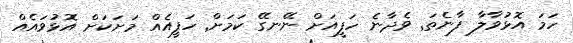
ހަމަ އޮޅުވާލާ ފާނެތަ